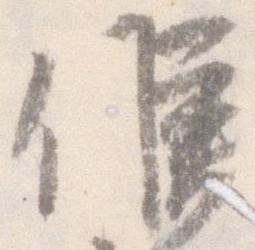
候